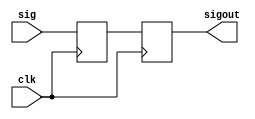
`timescale 1ns / 1ps
//////////////////////////////////////////////////////////////////////////////////
// Company: 
// Engineer: 
// 
// Design Name: 
// Module Name: synchronizer
// Project Name: 
// Target Devices: 
// Tool Versions: 
// Description: 
// 
// Dependencies: 
// 
// Revision:
// Revision 0.01 - File Created
// Additional Comments:
// 
//////////////////////////////////////////////////////////////////////////////////


module synchronizer(input clk, input sig,output reg sigout);
reg meta;
always @(posedge clk)
begin
    meta <= sig;
    sigout<=meta;
end
endmodule